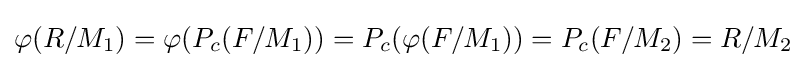
\varphi (R/M_{1})=\varphi (P_{c}(F/M_{1}))=P_{c}(\varphi (F/M_{1}))=P_{c}(F/M_{2})=R/M_{2}